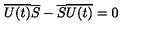
\overline { { U ( t ) } } \overline { { S } } - \overline { { S } } \overline { { U ( t ) } } = 0